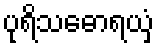
ပုရိသဓောရယှံ